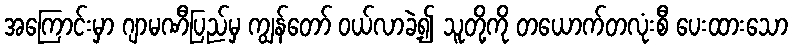
အကြောင်းမှာ ဂျာမဏီပြည်မှ ကျွန်တော် ဝယ်လာခဲ့၍ သူတို့ကို တယောက်တလုံးစီ ပေးထားသော